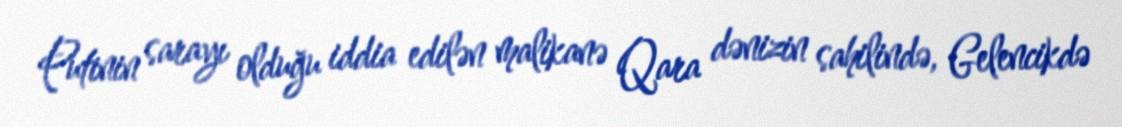
Putinin sarayı olduğu iddia edilən malikanə Qara dənizin sahilində, Gelencikdə